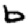
Digit: 6